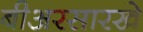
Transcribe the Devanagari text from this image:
बीअरसारखे